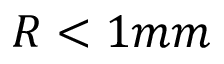
R < 1 m m